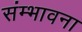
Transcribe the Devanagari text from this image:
संम्भावना